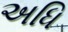
અધિ